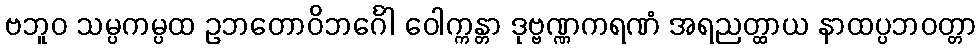
ဗဘူဝ သမ္ပကမ္ပထ ဥဘတောဝိဘင်္ဂေါ ဝေါက္ကန္တာ ဒုဗ္ဗဏ္ဏကရဏံ အရညတ္ထာယ နာထပ္ပဘဝတ္တာ